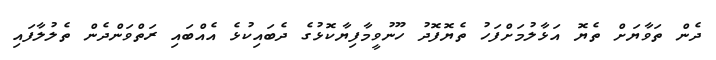
ދެން ތަވާޔަށް ތެޔޮ އަޅާލުމަށްފަހު ތެޔޮފޮދު ހޫނުވީމާފިޔާކޮޅުގެ ދެބައިކުޅެ އެއްބައި ރަތްވަންދެން ތެލުލާފައި